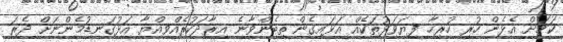
ކަމަށް އެޅެން ހުރި ހުރިހާ ފިޔަވަޅުތަކެއް އަޅައިގެން ތިބެންވާނެ އިރާދަކުރެއްވިއްޔާ އަޅުގަނޑުމެންނަށް ދެރަ